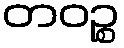
တဝဉ္စ